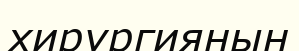
хирургиянын